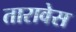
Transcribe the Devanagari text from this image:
तारावेस